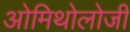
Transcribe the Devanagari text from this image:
ओमिथोलोजी